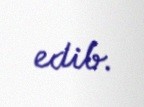
edib.